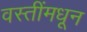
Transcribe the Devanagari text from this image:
वस्तींमधून